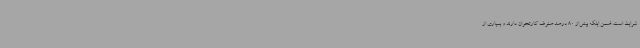
شرایط است. ضمن اینکه بیش‌از 80 درصد صنوف کارتخوان دارند و بسیاری از